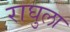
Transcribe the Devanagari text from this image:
राघुला